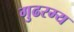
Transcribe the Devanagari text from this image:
गुढरम्य